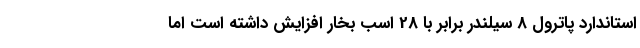
استاندارد پاترول 8 سیلندر برابر با 28 اسب بخار افزایش داشته است اما